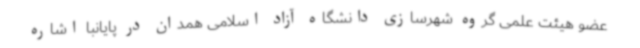
عضو هیئت علمی گروه شهرسازی دانشگاه آزاد اسلامی همدان در پایانبا اشاره